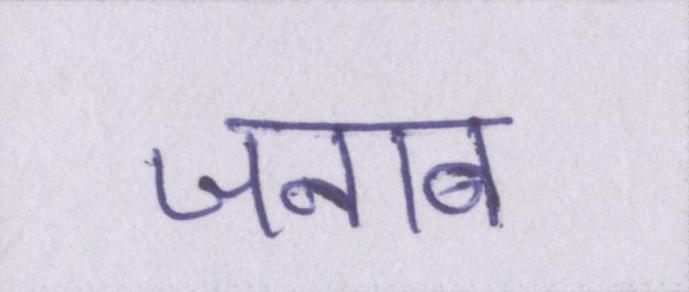
जनाब